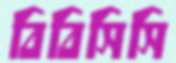
বিবিসিসি